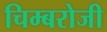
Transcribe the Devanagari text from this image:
चिम्बरोजी